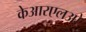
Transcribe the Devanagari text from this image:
केआरएलओ